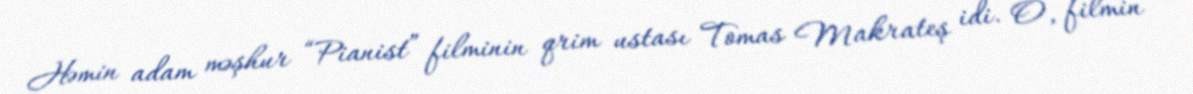
Həmin adam məşhur “Pianist” filminin qrim ustası Tomas Makrateş idi. O, filmin